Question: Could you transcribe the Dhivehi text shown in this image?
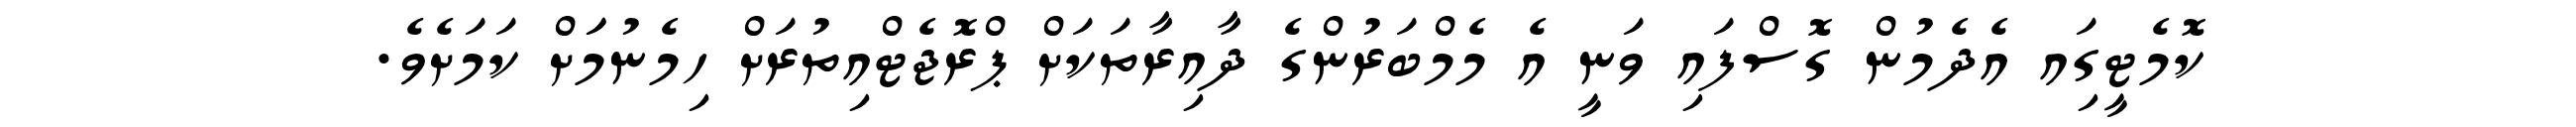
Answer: ކޮމެޓީގަިއ އެދެމުން ގޮސްފައި ވަނީ އެ މެމްބަރުންގެ ދާއިރާތަކަށް ޕްރޮޖެޓްއިތުރަށް ހިމެނުމަަށް ކަމަށެވެ.